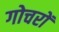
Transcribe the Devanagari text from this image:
गोचरों